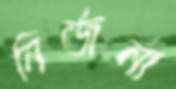
নির্জনা